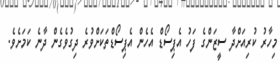
މިހާރު ކުރިއަށްދާ ސީޒަންގެ ފަހު އެޕިސޯޑް އެހެން އެޕިސޯޑްތަކަށްވުރެ ދިގުވެގެން ދާނެ ކަމަށެވެ.